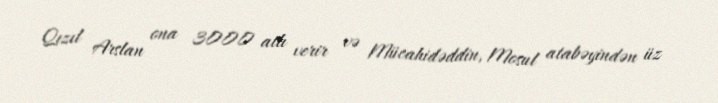
Qızıl Arslan ona 3000 atlı verir və Mücahidəddin, Mosul atabəyindən üz